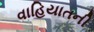
વાહિયાતની